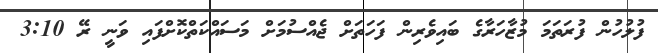
ފުލުހުން ފުރަތަމަ މުޒާހަރާގެ ބައިވެރިން ފަހަތަށް ޖެއްސުމަށް މަސައްކަތްކޮށްފައި ވަނީ ރޭ 3:10